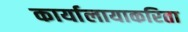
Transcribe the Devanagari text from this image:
कार्यालायाकरिता